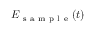
E _ { \mathrm { ~ s ~ a ~ m ~ p ~ l ~ e ~ } } ( t )